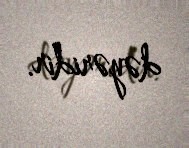
dəyəridir.